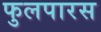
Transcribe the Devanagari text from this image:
फुलपारस